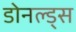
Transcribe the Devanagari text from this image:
डोनल्ड्स